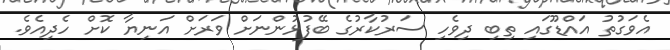
އެވަގުތު އައްޑޫގައި ތިބި ދިވެހި ސަރުކާރުގެ ބޭފުޅުންނަށް ވަރަށް އަނިޔާ ކޮށް ހެދިއެވެ.